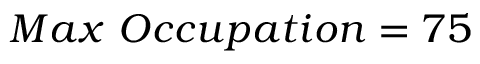
M a x ~ O c c u p a t i o n = 7 5 \